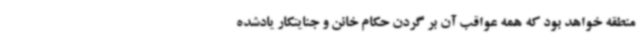
منطقه خواهد بود که همه عواقب آن بر گردن حکام خائن و جنایتکار یادشده